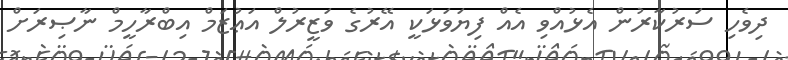
ދިވެހި ސަރުކާރުން އެޅުއްވި އެއް ފިޔަވަޅަކީ އޭރުގެ ވަޒީރުލް އަޢުޒަމް އިބްރާހީމް ނާޞިރަށް